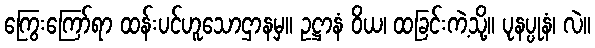
ကြွေးကြော်ရာ ထန်းပင်ဟူသောဌာနမှ။ ဥဋ္ဌာနံ ဝိယ၊ ထခြင်းကဲ့သို့။ ပုနပ္ပုနံ၊ လဲ။